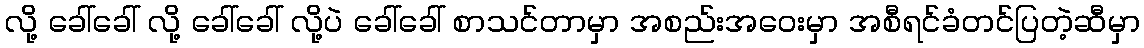
လို့ ခေါ်ခေါ် လို့ ခေါ်ခေါ် လို့ပဲ ခေါ်ခေါ် စာသင်တာမှာ အစည်းအဝေးမှာ အစီရင်ခံတင်ပြတဲ့ဆီမှာ